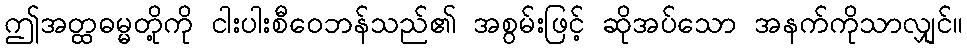
ဤအတ္ထဓမ္မတို့ကို ငါးပါးစီဝေဘန်သည်၏ အစွမ်းဖြင့် ဆိုအပ်သော အနက်ကိုသာလျှင်။